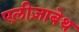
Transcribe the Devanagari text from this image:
एलीज़ाबेथ